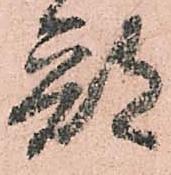
部